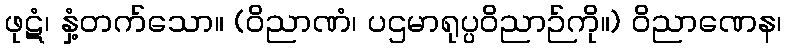
ဖုဋံ၊ နှံ့တက်သော။ (ဝိညာဏံ၊ ပဌမာရုပ္ပဝိညာဉ်ကို။) ဝိညာဏေန၊